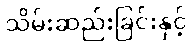
သိမ်းဆည်းခြင်းနှင့်